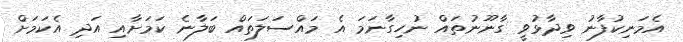
އެމަނިކުފާނު ވިދާޅުވީ ގާނޫނުތައް ނުހިގާނަމަ އެ މައްސަލަތައް ބަލާނެ ކަމަށާއި އަދި އެކަމަށް